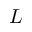
L